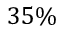
3 5 \%